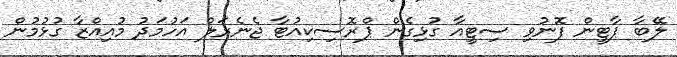
ލޭބާ ޕާޓީން ފޮނުވި ސިޓީއާ ގުޅިގެން ޕްރޮސިކިއުޓާ ޖެނެރަލް އަހުމަދު މުއިއްޒާ ގުޅުމުން